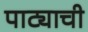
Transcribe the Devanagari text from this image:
पाट्याची